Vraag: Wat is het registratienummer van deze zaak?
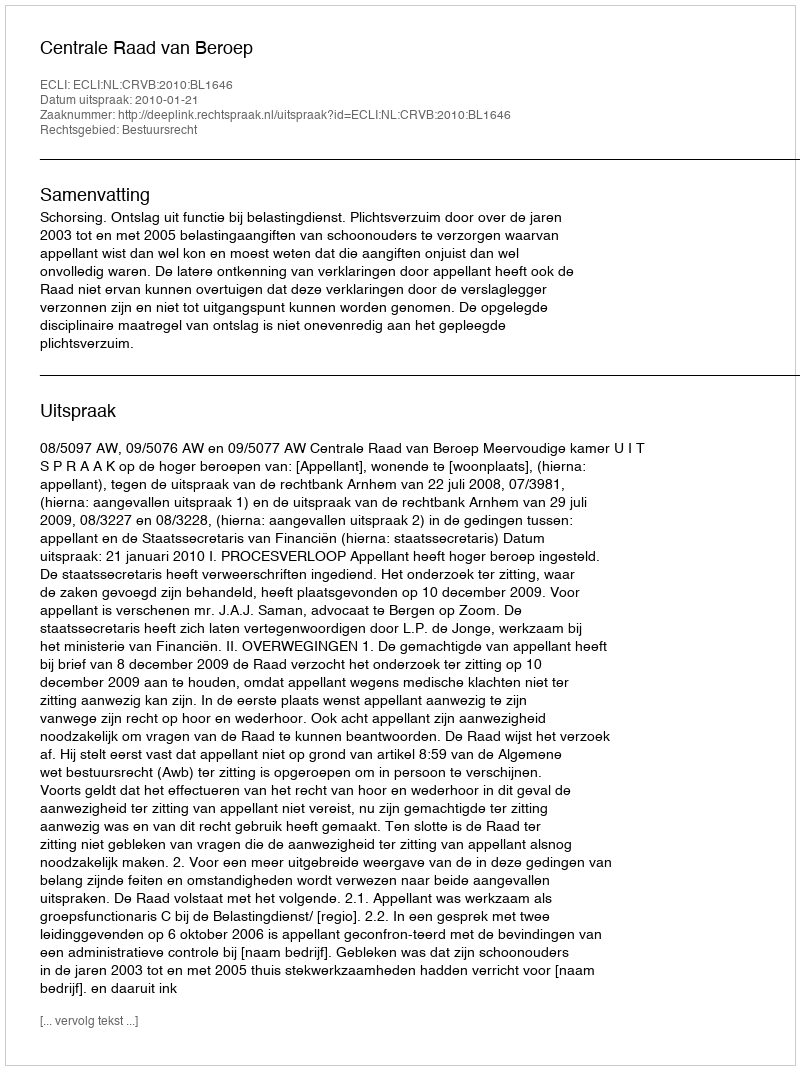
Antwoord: http://deeplink.rechtspraak.nl/uitspraak?id=ECLI:NL:CRVB:2010:BL1646